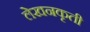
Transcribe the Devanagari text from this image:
लेखनकृती